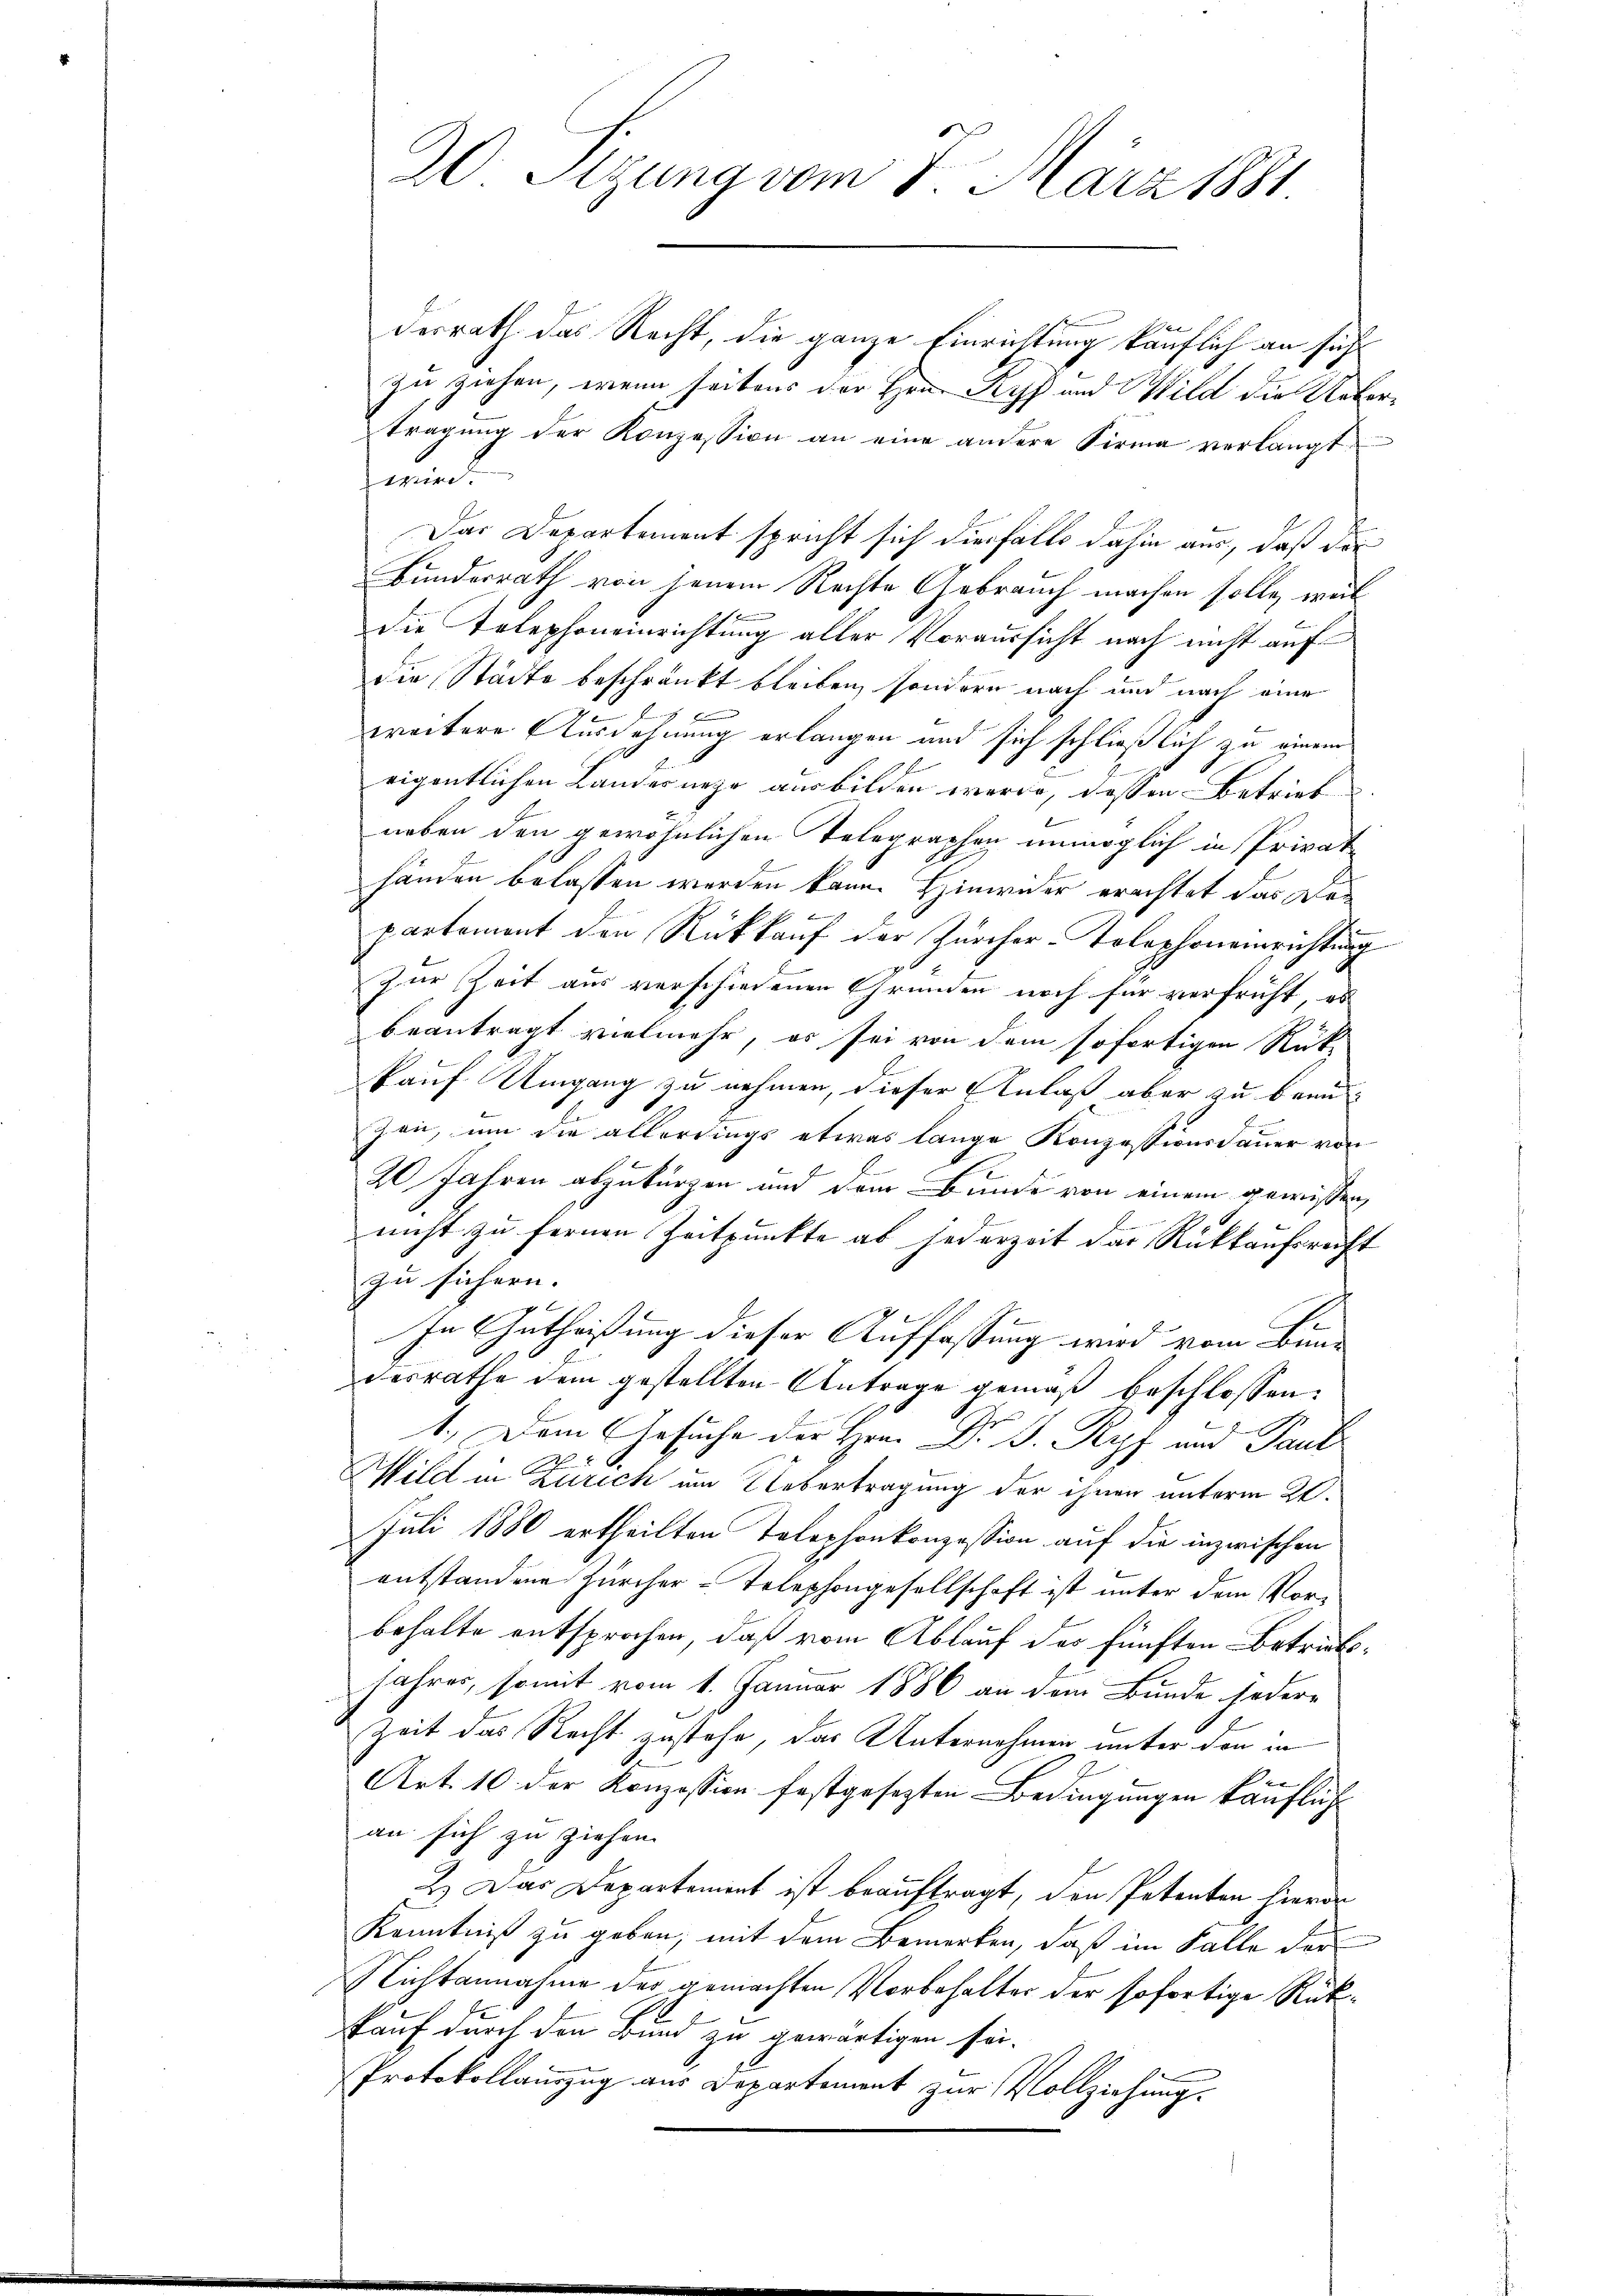
derrath das Recht, die ganze Einrichtung käuflich an sich
zu ziehen, wenn seitens der Hrn. Ryf und Wild die Uebertragung der Konzession an eine andere Firma verlangt
wird.
Das Departement spricht sich diesfalls dahin aus, daß der
Bunderrath von jenem Rechte Gebrauch machen solle, weil
die Telephoneinrichtung aller Voraussicht nach nicht auf
die Städte beschränkt bleiben, sondern nach und nach eine
l
weitere Ausdehnung erlangen und sich schließlich zu einem
eigentlichen Landernehe ausbilden werde, dessen Betrieb
e
neben den gewöhnlichen Telegraphen unmöglich in Privatländen belassen werden kann. Hinwider erachtet das Departement den Rückkauf der Zürcher-Tolephonamrichtung
Zur Zeit aus verschiedenen Gründen noch für verfrüht, es
beantragt vielmehr, es sei von dem sofortigen Rück-
kauf Umgang zu nehmen, dieser Anlaß aber zu beau
zen, um die allerdings etwas lange Konzessionsdauer von
20 Jahren abzukürzen und dem Bunde von einem gewissen,
nicht zu fernen Zeitpunkte ab jederzeit das Rückkaufsrecht
zu sichern.
In Entheißung dieser Auffassung wird vom Bundesrathe dem gestellten Antrage gemäß beschlossen:
1.) Dem Gesuche der Hrn. Dr. J. Kopf und Paul
Wild in Zürich um Uebertragung der ihnen unterm 21.
Juli 1880 ertheilten Telephonkonzession auf die inzwischen
entstandene Zürcher-Telephongesellschaft ist unter dem Vorbehalte entsprochen, daß vom Ablauf des fünften Betricts¬
Jahres, somit vom 1. Januar 1886 an dem Bunde jedere
Zeit das Recht zustehe, das Unternehmen unter den in
Art. 10 der Konzession festgesezten Bedingungen käuflich
an sich zu ziehen.
2.) Das Departement ist beauftragt, den Petenten hieron
Kenntniß zu geben, mit dem Bemerken, daß im Falle der
Nichtannahme des gemachten Vorbehalter der sofortige Rückkauf durch den Bund zu gewärtigen für
Protokollauszug aus Departement zur Vollziehung.

20. Sitzung vom 8. März 1881.